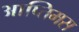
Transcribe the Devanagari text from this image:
आप्तिमस